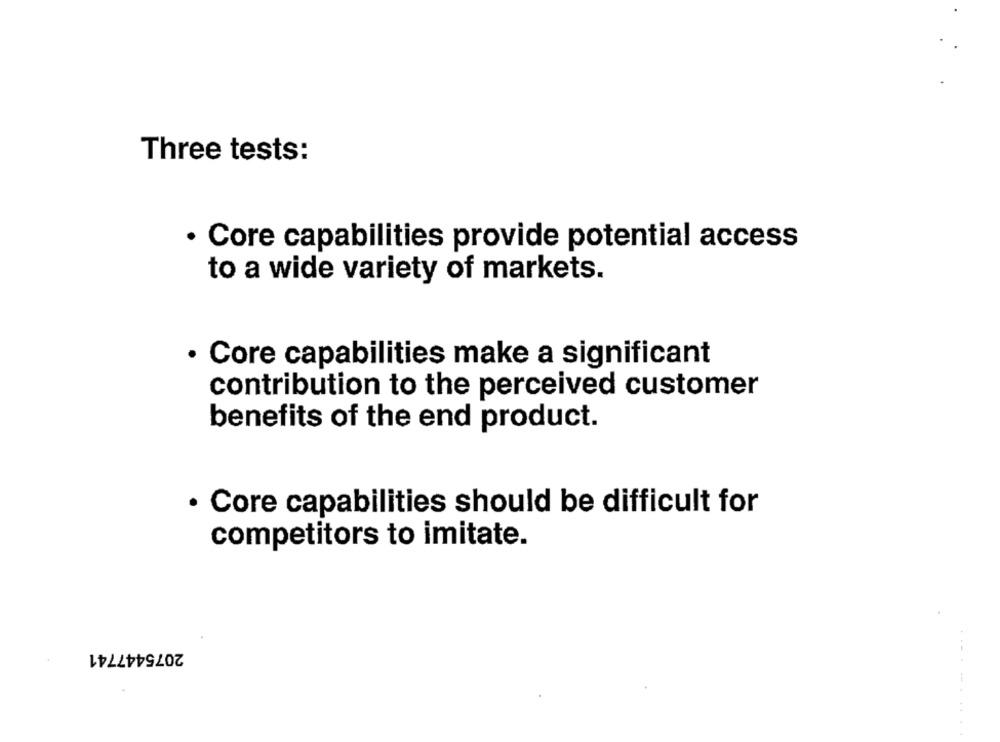
Three tests:
· Core capabilities provide potential access
to a wide variety of markets.
· Core capabilities make a significant
contribution to the perceived customer
benefits of the end product.
· Core capabilities should be difficult for
competitors to imitate.
2075447741